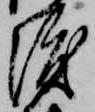
渡